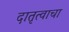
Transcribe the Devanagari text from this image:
दातृत्वाचा